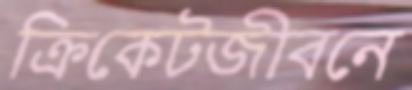
ক্রিকেটজীবনে